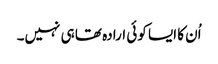
اُن کا ایسا کوئی ارادہ تھا ہی نہیں۔